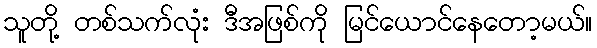
သူတို့ တစ်သက်လုံး ဒီအဖြစ်ကို မြင်ယောင်နေတော့မယ်။